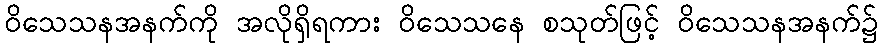
ဝိသေသနအနက်ကို အလိုရှိရကား ဝိသေသနေ စသုတ်ဖြင့် ဝိသေသနအနက်၌